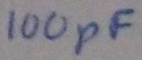
Text: 100pF